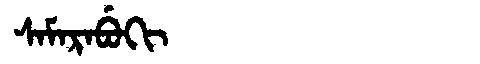
Manchu: ᠰᠠᠮᠠᡵᠠᠪᡠᡴᡳ
Romanization: SAMARABUKI